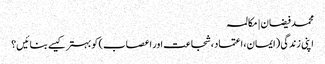
محمد فیضان | مکالمہ
اپنی زندگی (ایمان، اعتماد، شجاعت اور اعصاب) کو بہتر کیسے بنائیں؟